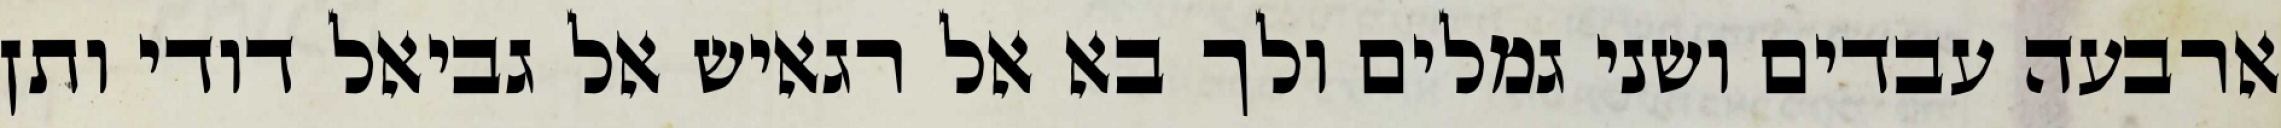
ארבעה עבדים ושני גמלים ולך בא אל רגאיש אל גביאל דודי ותן